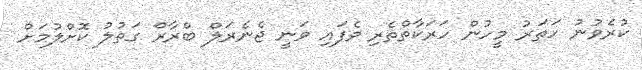
ކުރެވުނު ހަތަރު މީހުން ހަރަކާތްތެރި ވެފައި ވަނީ ޖެނެރަލް ބްރާރް ގަތުލު ކޮށްލުމަށް